Punjab Mental Hospital Lahore 1922-31 - 1922-1931
Year: 1922
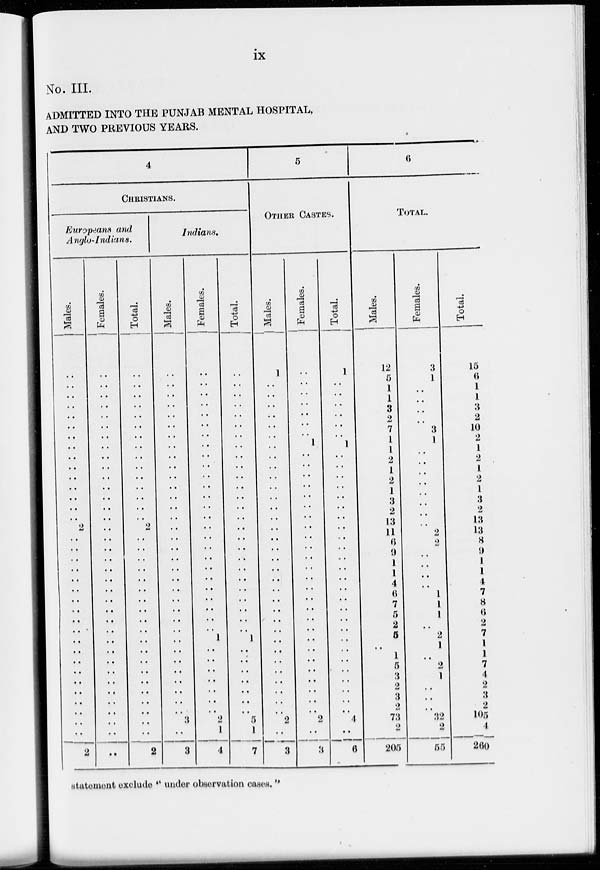
ix
No. III.
ADMITTED INTO THE PUNJAB MENTAL HOSPITAL,
AND TWO PREVIOUS YEARS.
4
CHRISTIANS.
Europeans and
Anglo-Indians.
Males.
..
..
..
..
..
..
..
..
..
..
..
..
..
..
..
2
..
..
..
..
..
..
..
..
..
..
..
..
..
..
..
..
..
..
..
..
2
Females.
..
..
..
..
..
..
..
..
..
..
..
..
..
..
..
..
..
..
..
..
..
..
..
..
..
..
..
..
..
..
..
..
..
..
..
..
..
Total.
..
..
..
..
..
..
..
..
..
..
..
..
..
..
..
2
..
..
..
..
..
..
..
..
..
..
..
..
..
..
..
..
..
..
..
..
2
Indians.
Males.
..
..
..
..
..
..
..
..
..
..
..
..
..
..
..
..
..
..
..
..
..
..
..
..
..
..
..
..
..
..
..
..
..
..
3
..
3
Females.
..
..
..
..
..
..
..
..
..
..
..
..
..
..
..
..
..
..
..
..
..
..
..
..
..
..
1
..
..
..
..
..
..
..
2
1
4
Total.
..
..
..
..
..
..
..
..
..
..
..
..
..
..
..
..
..
..
..
..
..
..
..
..
..
..
1
..
..
..
..
..
..
..
5
1
7
5
OTHER CASTES.
Males.
1
..
..
..
..
..
..
..
..
..
..
..
..
..
..
..
..
..
..
..
..
..
..
..
..
..
..
..
..
..
..
..
..
..
2
..
3
Females.
..
..
..
..
..
..
..
1
..
..
..
..
..
..
..
..
..
..
..
..
..
..
..
..
..
..
..
..
..
..
..
..
..
..
2
..
3
Total.
1
..
..
..
..
..
..
1
..
..
..
..
..
..
..
..
..
..
..
..
..
..
..
..
..
..
..
..
..
..
..
..
..
..
4
..
6
6
TOTAL.
Males.
12
5
1
1
3
2
7
1
1
2
1
2
1
3
2
13
11
6
9
1
1
4
6
7
5
2
5
..
1
5
3
2
3
2
73
2
205
Females.
3
1
..
..
..
..
3
1
..
..
..
..
..
..
..
..
2
2
..
..
..
..
1
1
1
..
2
1
..
2
1
..
..
..
32
2
55
Total.
15
6
1
1
3
2
10
2
1
2
1
2
1
3
2
13
13
8
9
1
1
4
7
8
6
2
7
1
1
7
4
2
3
2
105
4
260
statement exclude " under observation cases."